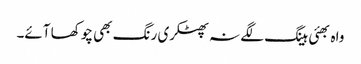
واہ بھئی ہینگ لگے نہ پھٹکری رنگ بھی چوکھا آئے۔